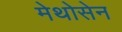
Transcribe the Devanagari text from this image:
मेथोसेन